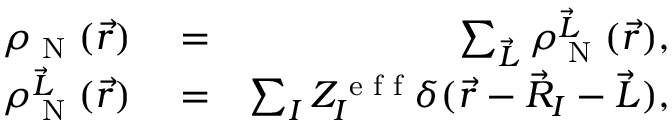
\begin{array} { r l r } { \rho _ { \textrm { N } } ( \vec { r } ) } & { { } = } & { \sum _ { \vec { L } } \rho _ { \textrm { N } } ^ { \vec { L } } ( \vec { r } ) , } \\ { \rho _ { \textrm { N } } ^ { \vec { L } } ( \vec { r } ) } & { { } = } & { \sum _ { I } Z _ { I } ^ { \textrm { e f f } } \delta ( \vec { r } - \vec { R } _ { I } - \vec { L } ) , } \end{array}